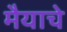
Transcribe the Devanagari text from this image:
मैयाचे